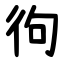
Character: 㣘